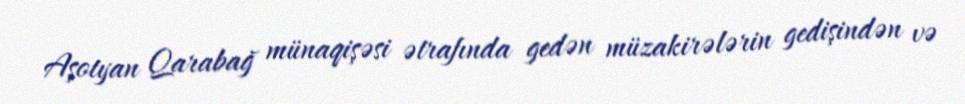
Aşotyan Qarabağ münaqişəsi ətrafında gedən müzakirələrin gedişindən və